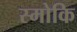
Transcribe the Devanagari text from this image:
स्मोकि